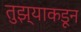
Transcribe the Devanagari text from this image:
तुझ्याकडून